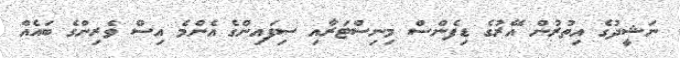
ނަޝީދުގެ އިތުރުން އޭރުގެ ޑިފެންސް މިނިސްޓަރާއި ސިފައިންގެ އެންމެ އިސް ވެރިންގެ ބައެއް